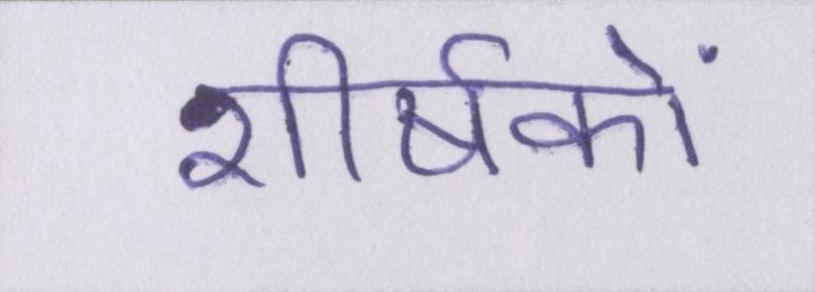
शीर्षकों